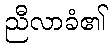
ညီလာခံ၏